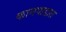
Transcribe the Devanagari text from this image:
कानपाडात